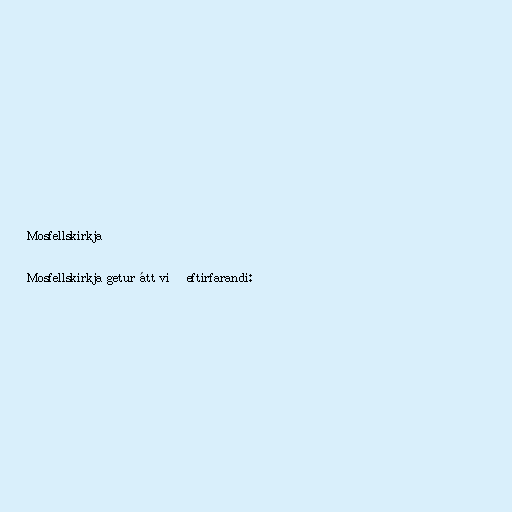
Mosfellskirkja

Mosfellskirkja getur átt við eftirfarandi: